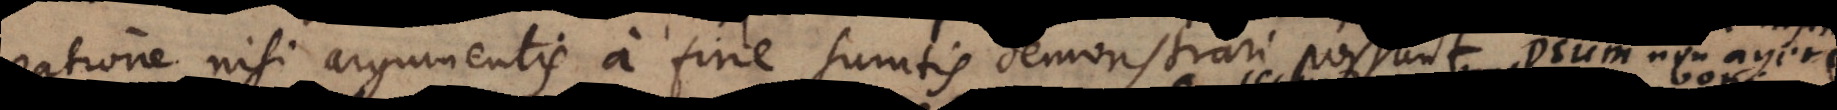
ratione nisi argumentis a fine sumtis demonstrari possunt. A r t